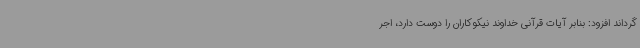
گرداند افزود: بنابر آیات قرآنی خداوند نیکوکاران را دوست دارد، اجر